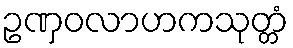
ဥဏှဝလာဟကသုတ္တံ